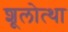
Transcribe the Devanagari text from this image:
शूलोत्था